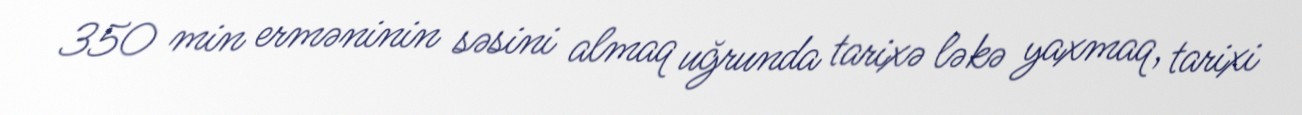
350 min erməninin səsini almaq uğrunda tarixə ləkə yaxmaq, tarixi